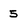
Character: 5